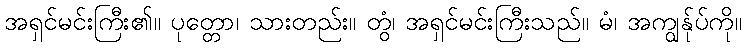
အရှင်မင်းကြီး၏။ ပုတ္တော၊ သားတည်း။ တွံ၊ အရှင်မင်းကြီးသည်။ မံ၊ အကျွန်ုပ်ကို။